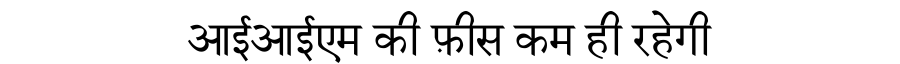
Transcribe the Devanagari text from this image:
आईआईएम की फ़ीस कम ही रहेगी